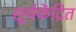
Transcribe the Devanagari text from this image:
सूर्यकेंद्रित